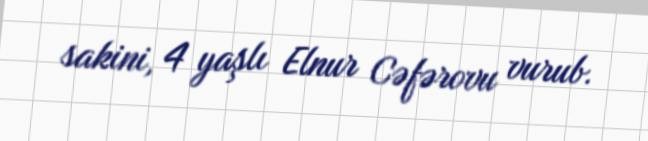
sakini, 4 yaşlı Elnur Cəfərovu vurub.